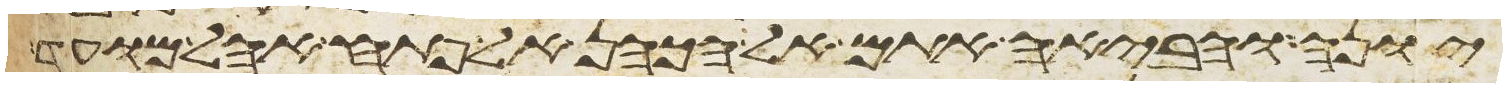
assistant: יונה והביאה אתם אל הכהן אל פתח אהל מועד